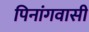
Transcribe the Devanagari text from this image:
पिनांगवासी